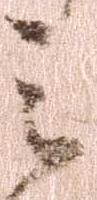
之